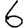
Digit: 6